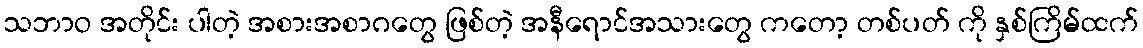
သဘာဝ အတိုင်း ပါတဲ့ အစားအစာဂတွေ ဖြစ်တဲ့ အနီရောင်အသားတွေ ကတော့ တစ်ပတ် ကို နှစ်ကြိမ်ထက်